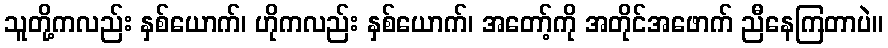
သူတို့ကလည်း နှစ်ယောက်၊ ဟိုကလည်း နှစ်ယောက်၊ အတော့်ကို အတိုင်အဖောက် ညီနေကြတာပဲ။